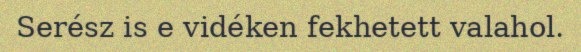
Serész is e vidéken fekhetett valahol.